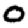
Digit: 0